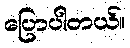
ပြောပါတယ်။